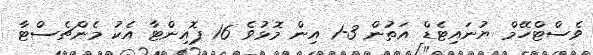
ވެސްޓްހޭމް ޔުނައިޓެޑް އަތުން 3-1 އިން މޮޅުވެ 16 ޕޮއިންޓާ އެކު މެންޗެސްޓާ